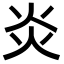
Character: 炎